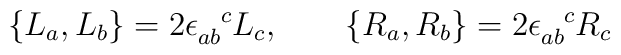
\{ L_a ,L_b \} = 2\epsilon_{ab}^{\phantom{ab}c} L_c, \qquad\{R_a,R_b \} = 2\epsilon_{ab}^{\phantom{ab}c} R_c